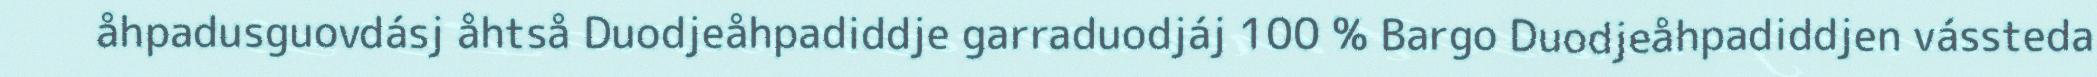
åhpadusguovdásj åhtså Duodjeåhpadiddje garraduodjáj 100 % Bargo Duodjeåhpadiddjen vássteda